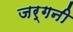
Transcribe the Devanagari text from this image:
जर्गनी